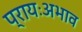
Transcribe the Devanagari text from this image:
प्रायःअभाव